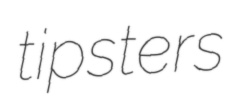
tipsters